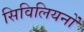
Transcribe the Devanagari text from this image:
सिविलियनों